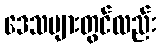
ဒေသများတွင်လည်း